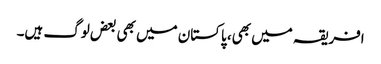
افریقہ میں بھی، پاکستان میں بھی بعض لوگ ہیں۔